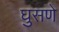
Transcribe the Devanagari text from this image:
घुसणे